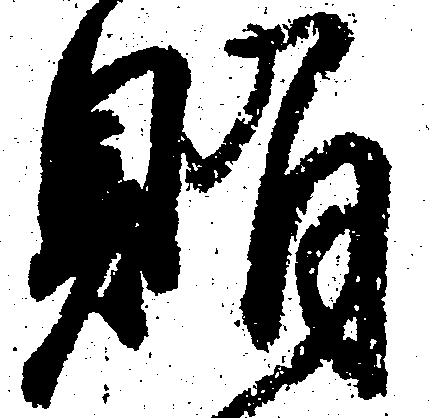
賄